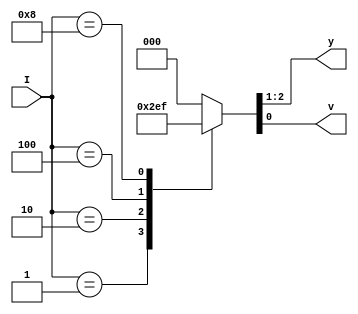
module enc(
  
  input [3:0]I,
  output reg [1:0]y, 
  output reg v
  
);
  
  always@(I)
    begin
      case(I)
        4'b0001: {y,v}=3'b001;    
        4'b0010: {y,v}=3'b011;  
        4'b0100: {y,v}=3'b101;
        4'b1000: {y,v}=3'b111;
        default: {y,v}=3'b000;
      endcase
    end
endmodule